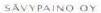
SÄVYPAINO OY